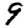
Digit: 9